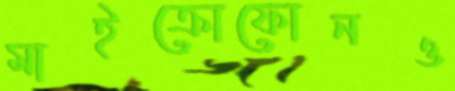
মাইক্রোফোনও